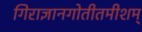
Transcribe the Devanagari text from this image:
गिराज्ञानगोतीतमीशम्